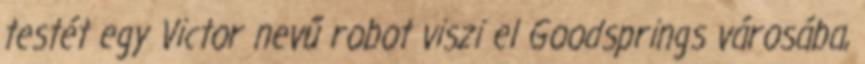
testét egy Victor nevű robot viszi el Goodsprings városába,